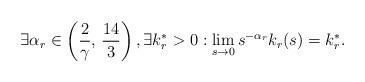
LaTeX: \begin{align*}\exists \alpha_r \in\left(\frac{2}{\gamma},\,\frac{14}{3} \right),\exists k_r^*>0:\lim_{s\to 0} s^{-\alpha_r}k_r(s) = k_r^* .\end{align*}